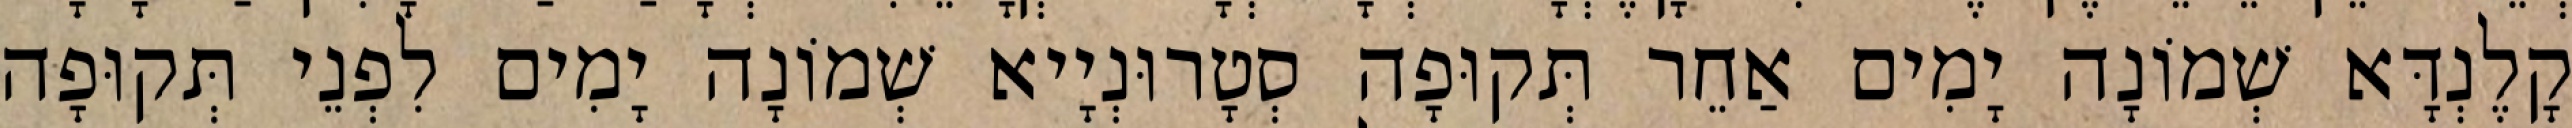
קָלֶנְדָּא שְׁמוֹנָה יָמִים אַחֵר תְּקוּפָה סְטָרוּנְיָיא שְׁמוֹנָה יָמִים לִפְנֵי תְּקוּפָה